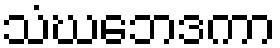
သံဃဘေဒကာ